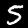
Label: 5